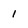
Character: 1